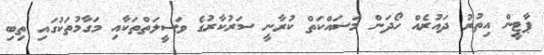
ޕާޓީން އިތުރު ދައުރެއް ހޯދަން މަސައްކަތް ކުރާނީ ސަރުކާރުގެ ވަސީލަތްތަކާއި މަގާމުތަކުގައި ތިބި